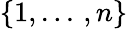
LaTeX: \mathbf{\{ }1,...\, ,n\}